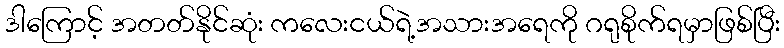
ဒါကြောင့် အတတ်နိုင်ဆုံး ကလေးငယ်ရဲ့အသားအရေကို ဂရုစိုက်ရမှာဖြစ်ပြီး